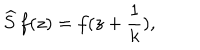
LaTeX: \widehat { S } \, f ( z ) = f ( z + \frac { 1 } { k } ) ,